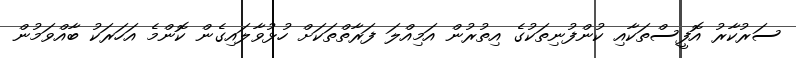
ސަރުކާރު އޮފީސްތަކާއި ކުންފުނިތަކުގެ އިތުރުން އަމިއްލަ ފަރާތްތަކަށް ހުޅުވާލައިގެން ކޮންމެ އަހަރަކު ބާއްވަމުން